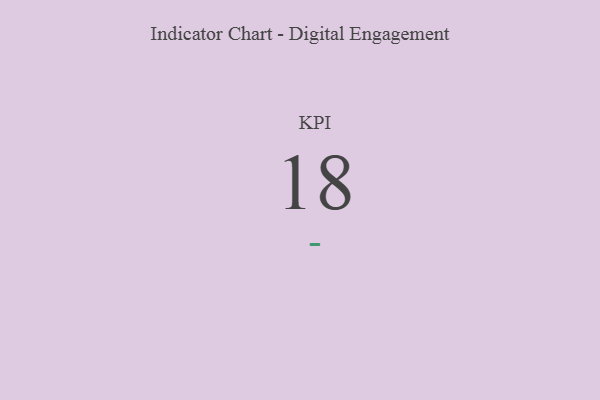
{"axis": {"x": "KPI", "y": "Value"}, "legend": [""], "data": [{"x": "KPI", "y": 18, "type": ""}]}